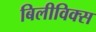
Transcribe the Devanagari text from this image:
बिलीविक्स